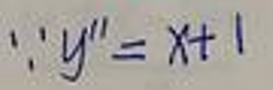
\[
\because y'' = x + 1
\]